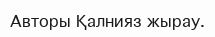
Авторы Қалнияз жырау.